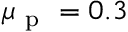
\mu _ { \mathrm { ~ p ~ } } = 0 . 3